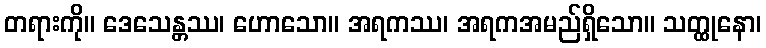
တရားကို။ ဒေသေန္တဿ၊ ဟောသော။ အရကဿ၊ အရကအမည်ရှိသော။ သတ္ထုနော၊